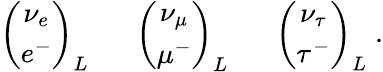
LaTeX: \left(\begin{array}{c}{{\nu_{e}}}\\ {{e^{-}}}\end{array}\right)_{L}\; \; \; \; \; \; \left(\begin{array}{c}{{\nu_{\mu}}}\\ {{\mu^{-}}}\end{array}\right)_{L}\; \; \; \; \; \; \left(\begin{array}{c}{{\nu_{\tau}}}\\ {{\tau^{-}}}\end{array}\right)_{L}\; .